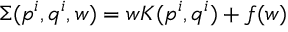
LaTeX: \Sigma ( p ^ { i } , q ^ { i } , w ) = w K ( p ^ { i } , q ^ { i } ) + f ( w )